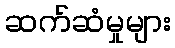
ဆက်ဆံမှုများ